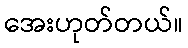
အေးဟုတ်တယ်။